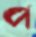
প